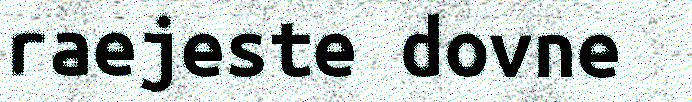
raejeste dovne